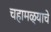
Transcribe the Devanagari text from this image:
चहामळ्याचे